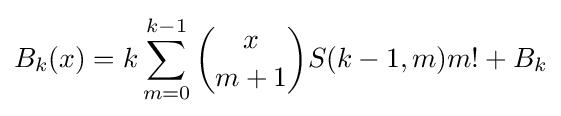
B_{k}(x)=k\sum _{m=0}^{k-1}{\binom {x}{m+1}}S(k-1,m)m!+B_{k}